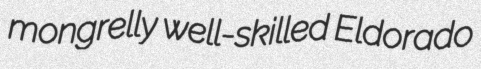
mongrelly well-skilled Eldorado